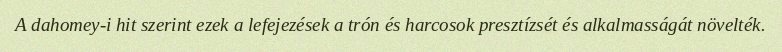
A dahomey-i hit szerint ezek a lefejezések a trón és harcosok presztízsét és alkalmasságát növelték.